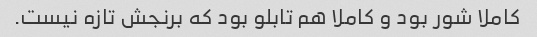
کاملا شور بود و کاملا هم تابلو بود که برنجش تازه نیست.